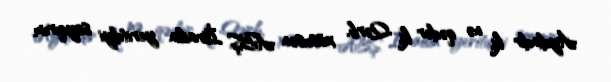
Aydındir ki, nə qədər ki, Qərb, xüsusən ABŞ İsrailin yeritdiyi soyqırım